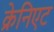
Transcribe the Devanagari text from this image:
क्रेनिएट